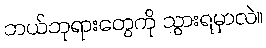
ဘယ်ဘုရားတွေကို သွားရမှာလဲ။